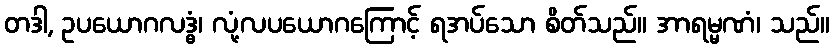
တဒါ, ဥပယောဂလဒ္ဓံ၊ လုံ့လပယောဂကြောင့် ရအပ်သော စိတ်သည်။ အာရမ္မဏံ၊ သည်။